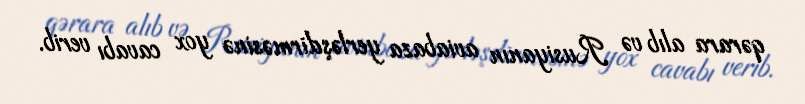
qərara alıb və Rusiyanın aviabaza yerləşdirməsinə yox cavabı verib.